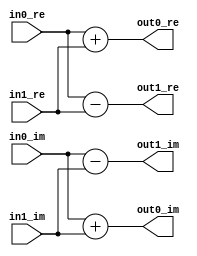
`timescale 1ns / 1ps

module butterfly
#(
	parameter width=16,
	parameter scale=0
)
(
	input signed [width-1:0] in0_re,
	input signed [width-1:0] in0_im,
	input signed [width-1:0] in1_re,
	input signed [width-1:0] in1_im,
	output signed [width-1:0] out0_re,
	output signed [width-1:0] out0_im,
	output signed [width-1:0] out1_re,
	output signed [width-1:0] out1_im
);
	wire signed [width-1:0] mid0_re, mid0_im, mid1_re, mid1_im;
	
	assign mid0_re = in0_re + in1_re,
		mid0_im = in0_im + in1_im,
		mid1_re = in0_re - in1_re,
		mid1_im = in0_im - in1_im;
	
	assign out0_re = {{scale{mid0_re[width-1]}}, mid0_re[width-1:scale]},
		out0_im = {{scale{mid0_im[width-1]}}, mid0_im[width-1:scale]},
		out1_re = {{scale{mid1_re[width-1]}}, mid1_re[width-1:scale]},
		out1_im = {{scale{mid1_im[width-1]}}, mid1_im[width-1:scale]};
endmodule